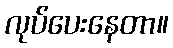
လုပ်ပေးနေတာ။